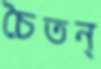
চৈতন্